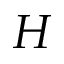
H